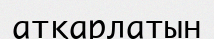
атқарлатын